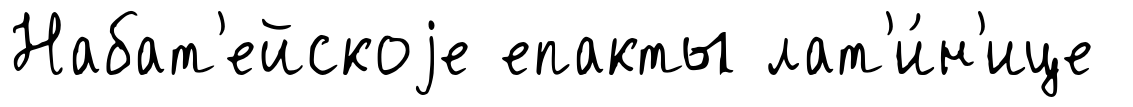
Набат'ейскоjе епакты лат'и́н'ице